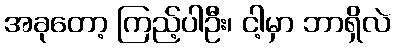
အခုတော့ ကြည့်ပါဦး၊ ငါ့မှာ ဘာရှိလဲ